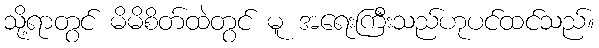
သို့ရာတွင် မိမိစိတ်ထဲတွင် မူ အရေးကြီးသည်ဟုပင်ထင်သည်။